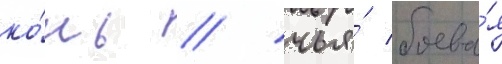
ко́нь / чья́ боева́я